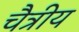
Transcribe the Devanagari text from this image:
चैत्रीय